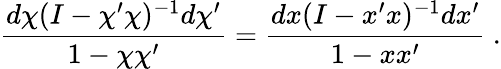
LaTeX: \frac{d\chi(I-\chi^{\prime}\chi)^{-1}d\chi^{\prime}}{1-\chi\chi^{\prime}}=\frac{dx(I-x^{\prime}x)^{-1}dx^{\prime}}{1-xx^{\prime}}~.